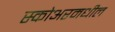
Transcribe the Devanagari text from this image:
स्कोअरमधील